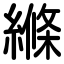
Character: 縧